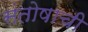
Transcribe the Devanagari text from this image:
संतोषाची